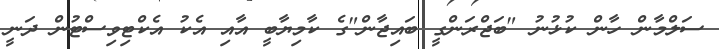
ސަލްމާން ހާން ކުޅުނު "ބަޖްރަންގީ ބައިޖާން"ގެ ކާމިޔާބީ އާއި އެކު އެކްޓިވިސްޓުން ދަނީ